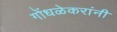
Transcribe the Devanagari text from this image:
गोंधळेकरांनी